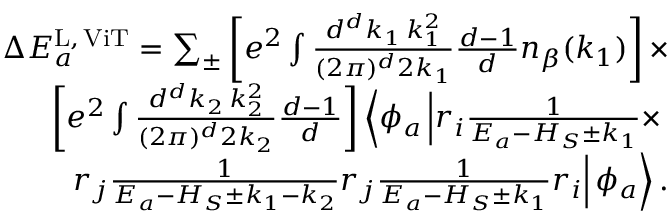
\begin{array} { r } { \Delta E _ { a } ^ { \mathrm { L , \, V i T } } = \sum _ { \pm } \left[ e ^ { 2 } \int \frac { d ^ { d } k _ { 1 } \, k _ { 1 } ^ { 2 } } { ( 2 \pi ) ^ { d } 2 k _ { 1 } } \frac { d - 1 } { d } n _ { \beta } ( k _ { 1 } ) \right] \times } \\ { \left[ e ^ { 2 } \int \frac { d ^ { d } k _ { 2 } \, k _ { 2 } ^ { 2 } } { ( 2 \pi ) ^ { d } 2 k _ { 2 } } \frac { d - 1 } { d } \right] \left\langle \phi _ { a } \left| r _ { i } \frac { 1 } { E _ { a } - H _ { S } \pm k _ { 1 } } \times \right. \right. } \\ { \left. \left. r _ { j } \frac { 1 } { E _ { a } - H _ { S } \pm k _ { 1 } - k _ { 2 } } r _ { j } \frac { 1 } { E _ { a } - H _ { S } \pm k _ { 1 } } r _ { i } \right| \phi _ { a } \right\rangle . } \end{array}